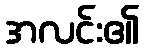
အလင်း၏